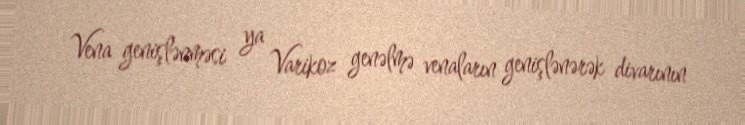
Vena genişlənməsi ya Varikoz genəlmə venaların genişlənərək divarının